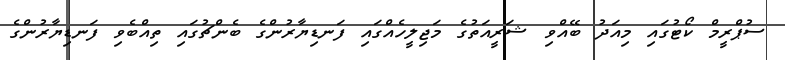
ސުޕްރީމް ކޯޓުގައި މިއަދު ބޭއްވި ޝަރީއަތުގެ މަޖިލީހެއްގައި ފަނޑިޔާރުންގެ ބެންޗުގައި ތިއްބެވި ފަނޑިޔާރުންގެ